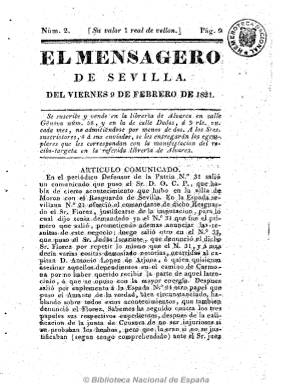
Título: El Mensagero de Sevilla
Otros títulos: Título: Mensagero, <5 en. 1822-11 dic. 1822> || Mensajero de Sevilla || Mensajero
Colección: Periódicos anteriores a 1850
Ámbito geográfico: Sevilla
Lugar de publicación: Sevilla
Fechas: 09/02/1821-11/12/1822

Debió comenzar en enero de 1821 y fue estampado en la Imprenta de Bartolomé Caro Hernández en números de ocho páginas y foliación continuada, desconociéndose su periodicidad. A partir de enero de 1822 inicia una segunda época en la que reduce su título a sólo El mensajero, estampando en su cabecera un grabado con el lema “La soberanía reside esencialmente en la nación”. Su carácter es constitucionalista y fue de los liberales exaltados o comuneros más conocidos del periodo, que critica a los moderados o templados de la Sociedad del Anillo, pero sobre todo a la prensa servil.

Es un periódico político pero también noticioso, en el que da especial cabida a los artículos comunicados o remitidos de los lectores, con los que se polemiza sobre los acontecimientos del trienio y los principios constitucionales, como el de la libertad de imprenta. Inserta también noticias particulares de Sevilla, nacionales y extranjeras, que extracta de otros periódicos, y que, generalmente, son interpretadas con comentarios, así como otras referidas a los tribunales de justicia, a variedades y sueltos. Los autores de los artículos firman con sus iniciales o con seudónimo.

Publica algún extraordinario y dejará de fechar sus números, y en el 52 de su segunda época, de finales de 1822, último de la colección de la Biblioteca Nacional de España, señala que este “agonizante” periódico, del que dice de forma sarcástica que es “depósito de inmundicias”, se ampliará en el mes próximo, publicando dos números cada semana, con varias reformas, desconociéndose si continuó editándose.